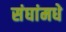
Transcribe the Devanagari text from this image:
संघांमधे